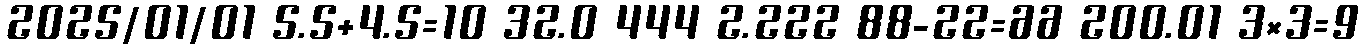
2025/01/01 5.5+4.5=10 32.0 444 2.222 88-22=66 200.01 3×3=9